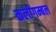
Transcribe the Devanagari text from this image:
कलीगम्बल